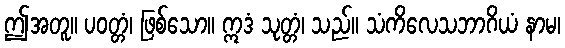
ဤအတူ။ ပဝတ္တံ၊ ဖြစ်သော။ ဣဒံ သုတ္တံ၊ သည်။ သံကိလေသဘာဂိယံ နာမ၊